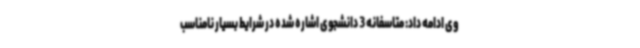
وی ادامه داد: متاسفانه 3 دانشجوی اشاره شده در شرایط بسیار نامناسب